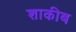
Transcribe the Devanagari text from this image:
शाकीब